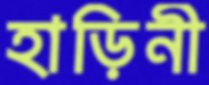
হাড়িনী